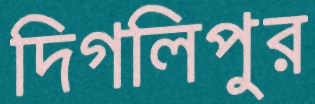
দিগলিপুর